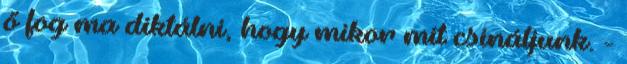
ő fog ma diktálni, hogy mikor mit csináljunk. -